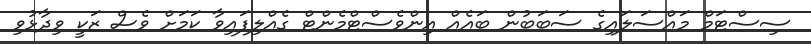
ސިސްޓަމް މައްސަލައިގެ ސަބަބުން ބައެއް އިންވެސްޓްމެންޓް ގެއްލިފައިވާ ކަމަށް ވެސް ޒަކީ ވިދާޅުވި